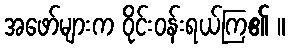
အဖော်များက ဝိုင်းဝန်းရယ်ကြ၏ ။